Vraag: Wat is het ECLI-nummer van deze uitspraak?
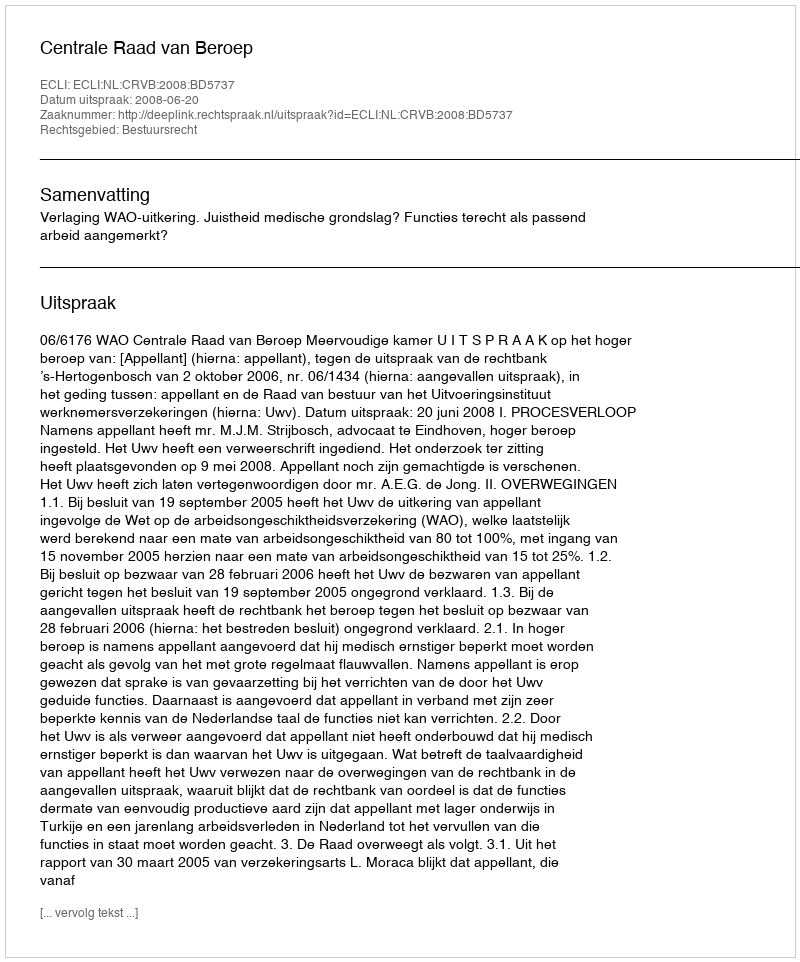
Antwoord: ECLI:NL:CRVB:2008:BD5737